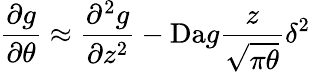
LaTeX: \frac{\partial g}{\partial\theta}\approx\frac{\partial^{2}g}{\partial z^{2}}-\mathrm{Da}g\frac{z}{\sqrt{\pi\theta}}\delta^{2}